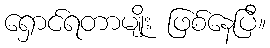
ရှောင်ရတာမျိုး ဖြစ်နေပြီ။